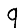
Digit: 9